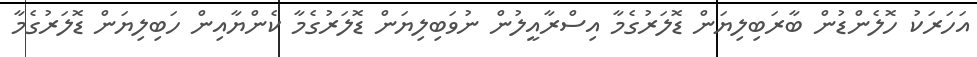
އަހަރަކު ހޮލެންޑުން ބާރަބިލިޔަން ޑޮލަރުގެމާ އިސްރާއީލުން ނުވަބިލިޔަން ޑޮލަރުގެމާ ކެންޔާއިން ހަބިލިޔަން ޑޮލަރުގެމާ